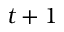
t + 1